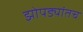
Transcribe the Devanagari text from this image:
झोपड्यांतच